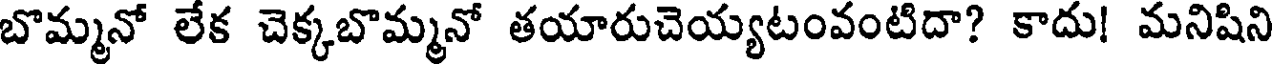
బొమ్మనో లేక చెక్కబొమ్మనో తయారుచెయ్యటంవంటిదా? కాదు! మనిషిని